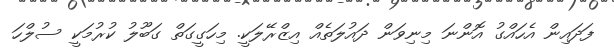
ފަދައިން އެހައްގު އޮންނަ މިނިވަން ދައުލަތެއް އިޒްރޭލަކީ. މިހަގީގަތް ގަބޫލު ކުރުމަކީ ސުލްހަ